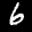
Label: 6